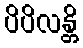
ပိပိလန္တိ